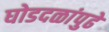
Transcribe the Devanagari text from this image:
घोडदळांपुढे